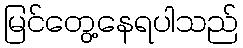
မြင်တွေ့နေရပါသည်